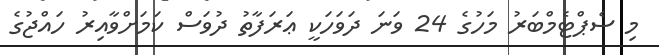
މި ސެޕްޓެމްބަރު މަހުގެ 24 ވަނަ ދަވަހަކީ ޢަރަފާތު ދުވަސް ކަމަށްވާއިރު ހައްޖުގެ